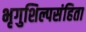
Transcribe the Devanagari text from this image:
भृगुशिल्पसंहिता